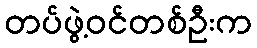
တပ်ဖွဲ့ဝင်တစ်ဦးက